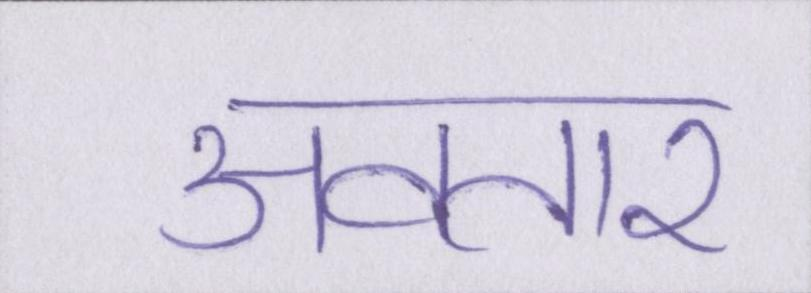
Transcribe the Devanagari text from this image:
अवतार